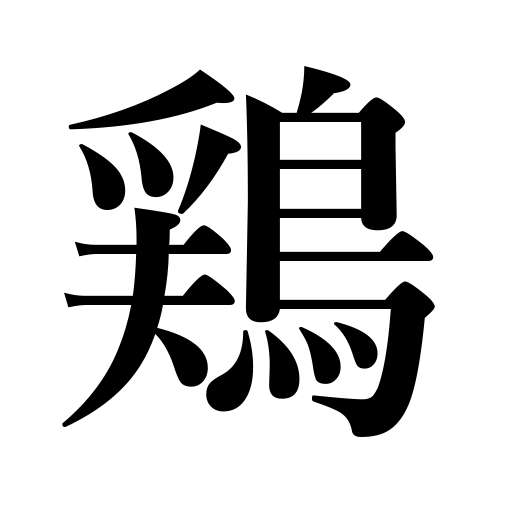
Meanings: chicken